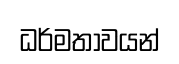
ධර්මතාවයන්